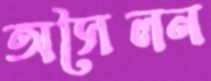
অসৈলন